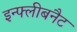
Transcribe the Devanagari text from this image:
इन्फ्लीबनैट